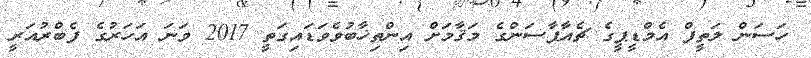
ހަސަން ލަތީފް އެމްޑީޕީގެ ޗެއާޕާސަންގެ މަޤާމަށް އިންތިޚާބުވެވަޑައިގަތީ 2017 ވަނަ އަހަރުގެ ފެބްރުއަރީ